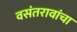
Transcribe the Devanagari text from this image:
वसंतरावांचा